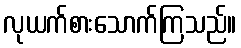
လုယက်စားသောက်ကြသည်။